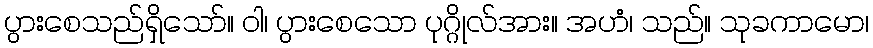
ပွားစေသည်ရှိသော်။ ဝါ၊ ပွားစေသော ပုဂ္ဂိုလ်အား။ အဟံ၊ သည်။ သုခကာမော၊